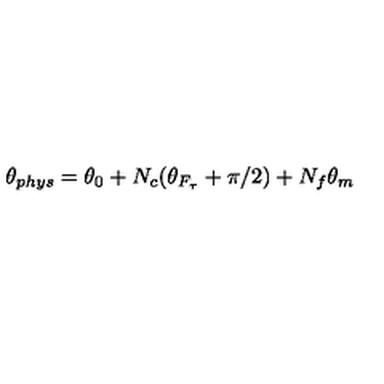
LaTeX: \theta _ { p h y s } = \theta _ { 0 } + N _ { c } ( \theta _ { F _ { \tau } } + \pi / 2 ) + N _ { f } \theta _ { m }